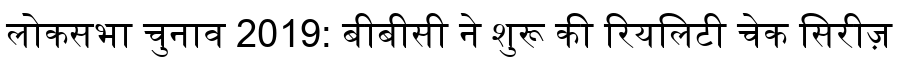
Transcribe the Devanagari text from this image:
लोकसभा चुनाव 2019: बीबीसी ने शुरू की रियलिटी चेक सिरीज़